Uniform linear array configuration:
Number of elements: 12
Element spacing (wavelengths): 0.75
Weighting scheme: kaiser
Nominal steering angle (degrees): -15
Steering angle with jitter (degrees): -14.046
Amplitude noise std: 0.05
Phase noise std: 0.05

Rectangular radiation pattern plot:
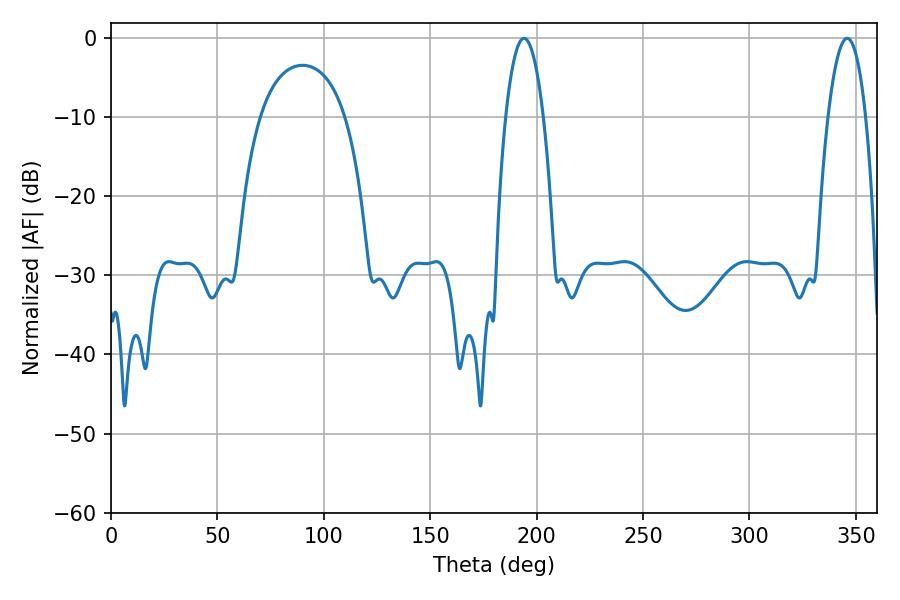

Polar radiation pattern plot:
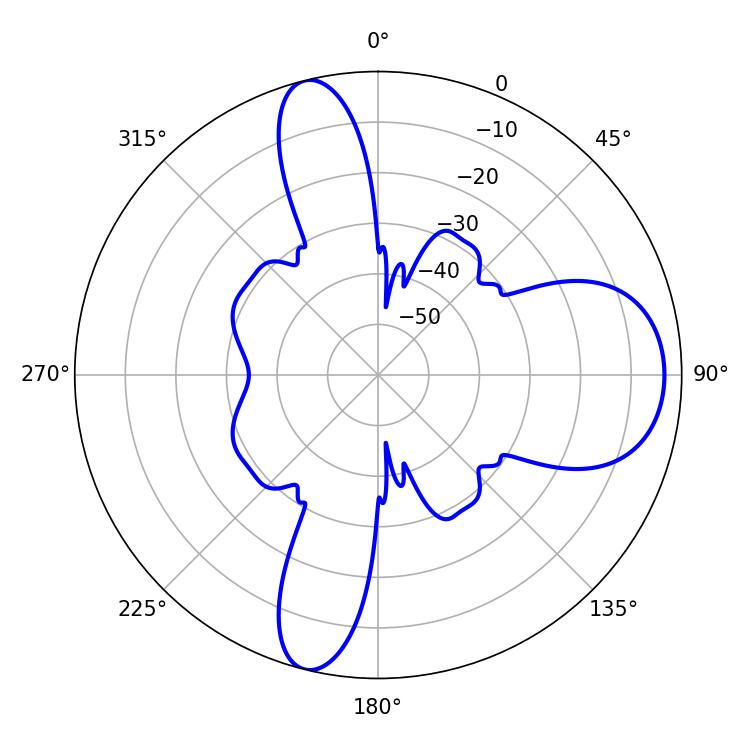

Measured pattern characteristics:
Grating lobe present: TRUE
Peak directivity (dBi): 11.628
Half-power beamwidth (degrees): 9.9
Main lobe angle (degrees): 194.04